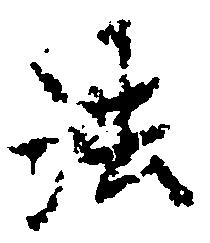
法